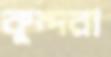
কুন্দরা